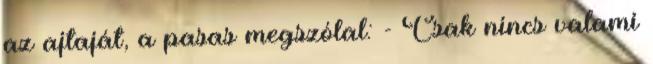
az ajtaját, a pasas megszólal: - Csak nincs valami